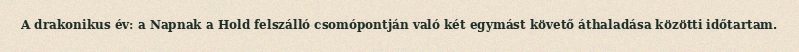
A drakonikus év: a Napnak a Hold felszálló csomópontján való két egymást követő áthaladása közötti időtartam.